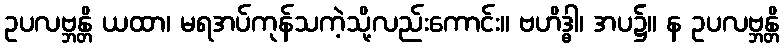
ဥပလဗ္ဘန္တိ ယထာ၊ မရအပ်ကုန်သကဲ့သို့လည်းကောင်း။ ဗဟိဒ္ဓါ၊ အပ၌။ န ဥပလဗ္ဘန္တိ